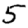
Digit: 5